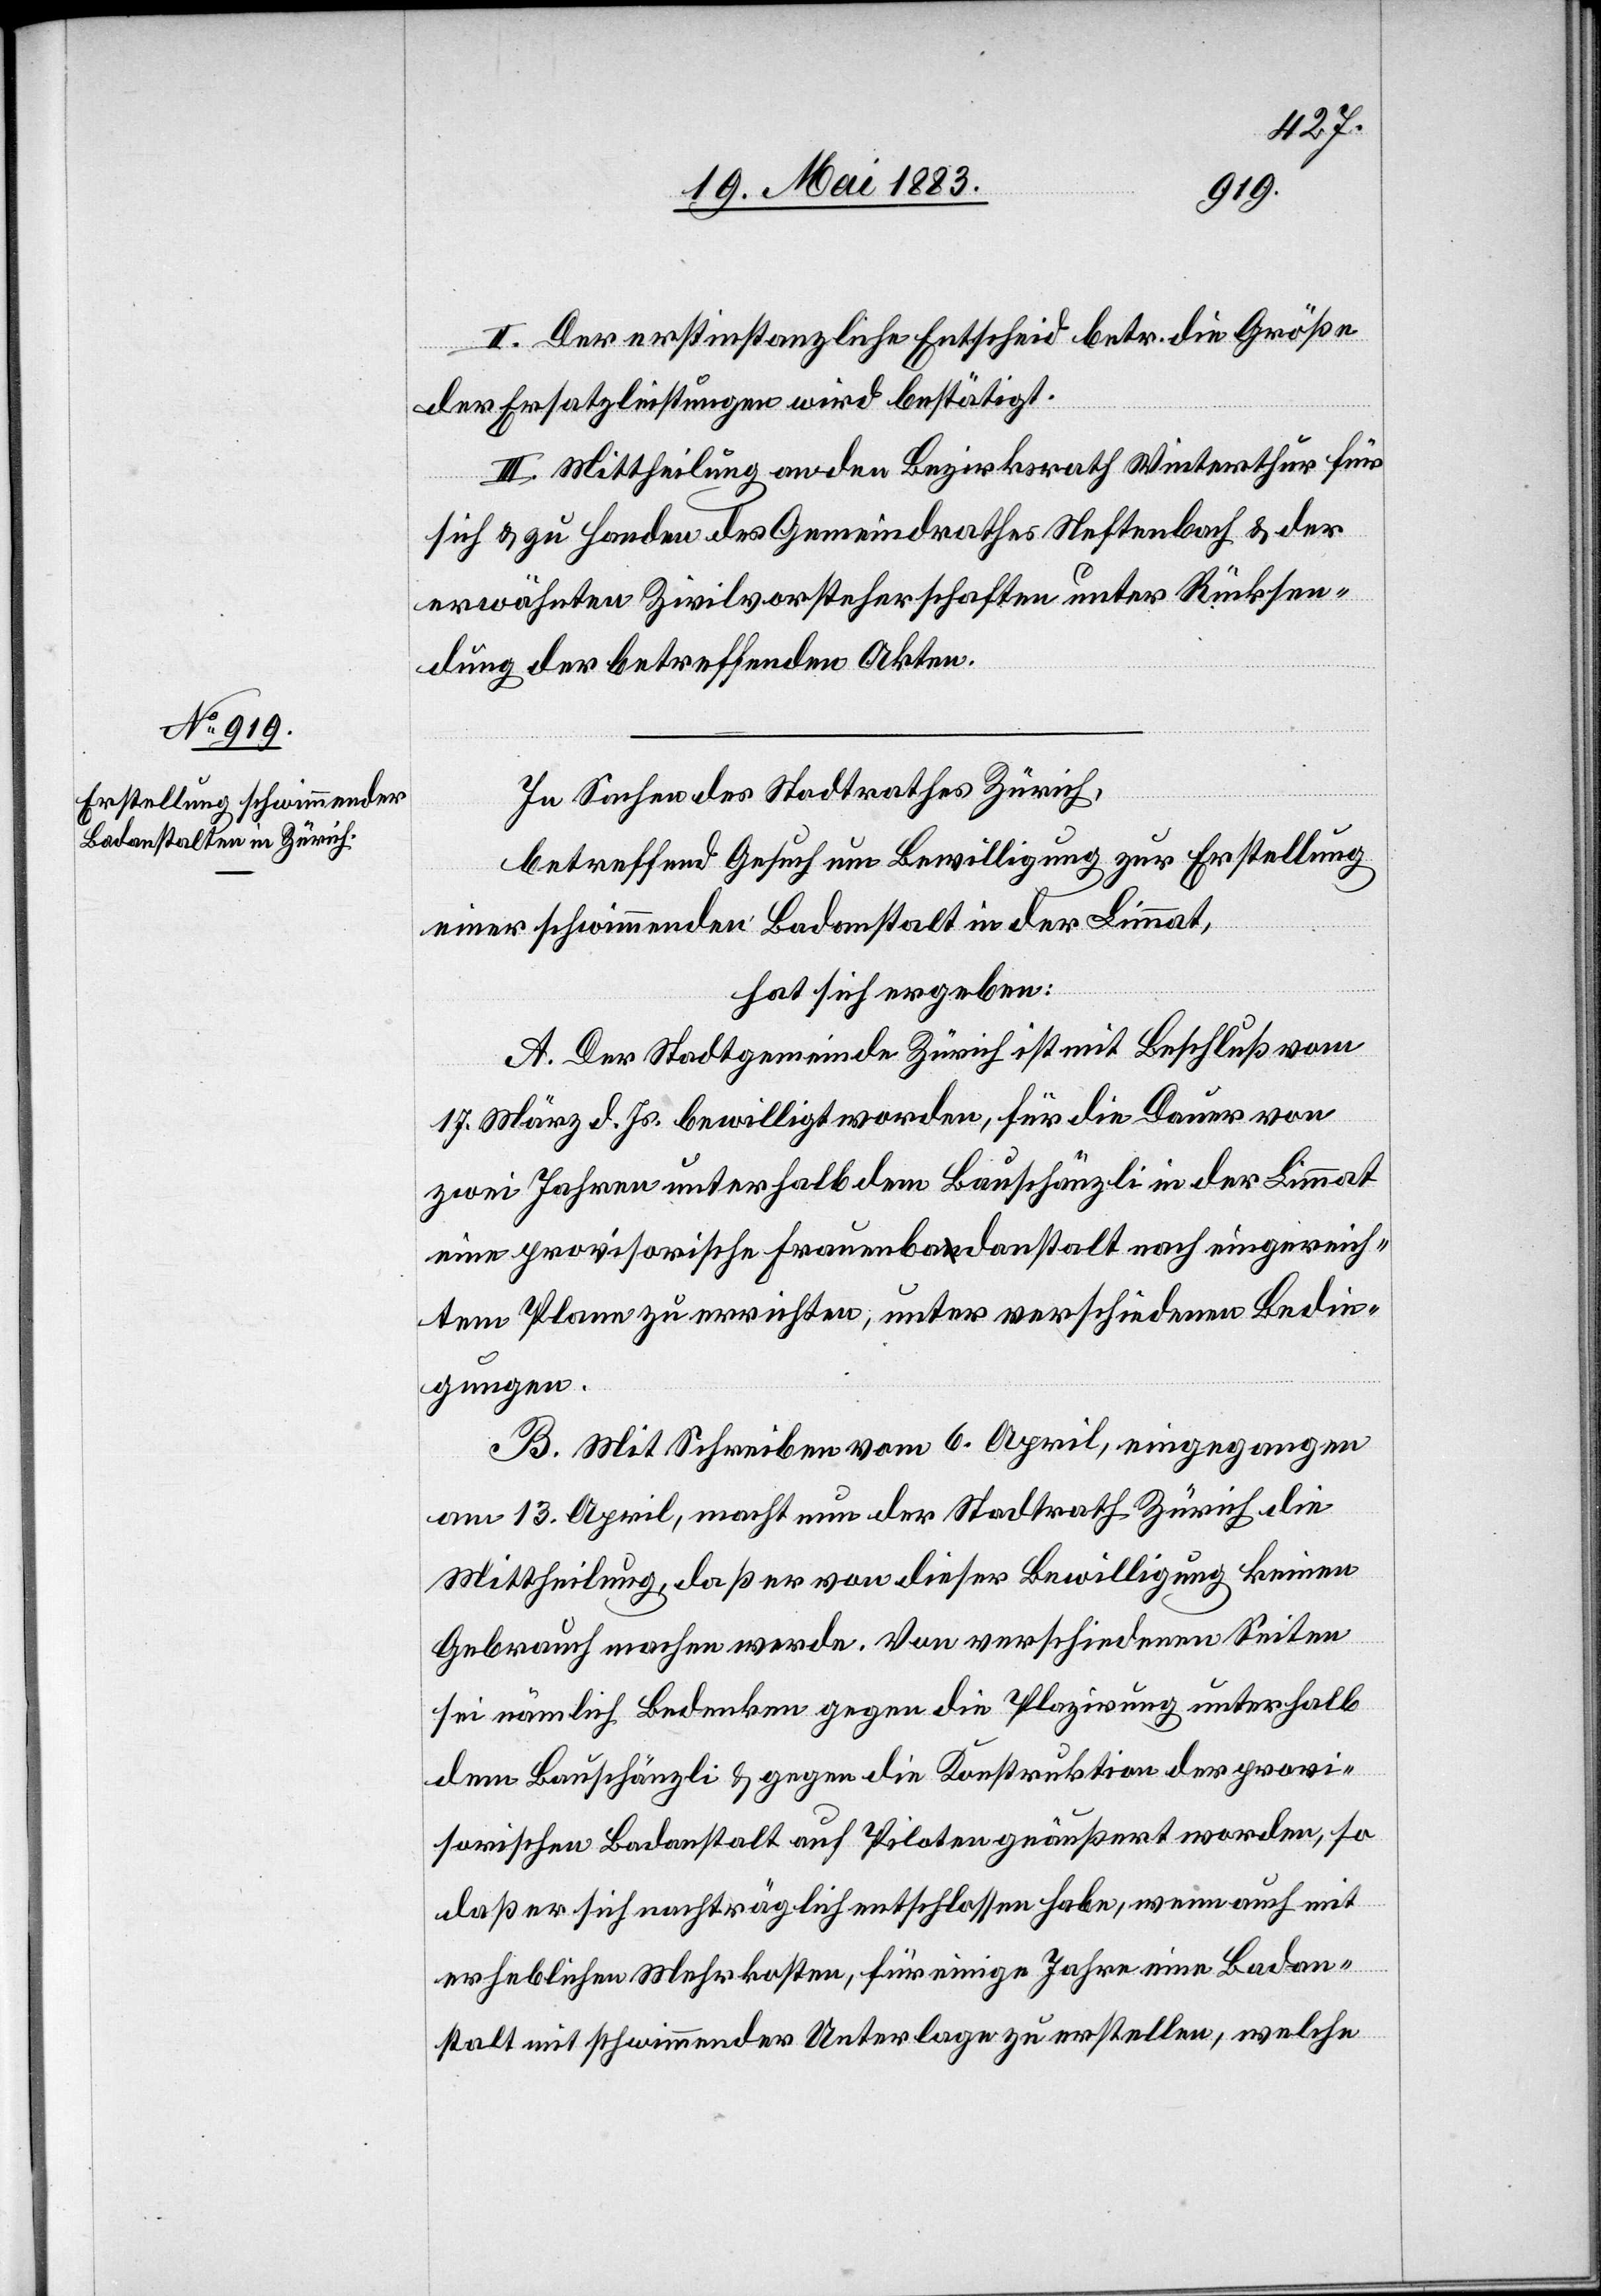
II. Der erstinstanzliche Entscheid betr. die Größe
der Ersatzleistungen wird bestätigt.
III. Mittheilung an den Bezirksrath Winterthur für
sich & zu Handen des Gemeindrathes Neftenbach & der
erwähnten Zivilvorsteherschaften unter Rücksen¬
dung der betreffenden Akten.
In Sachen des Stadtrathes Zürich,
betreffend Gesuch um Bewilligung zur Erstellung
einer schwimmenden Badanstalt in der Limmat,
hat sich ergeben:
A. Der Stadtgemeinde Zürich ist mit Beschluß vom
17. März d. Js. bewilligt worden, für die Dauer von
zwei Jahren unterhalb dem Bauschänzli in der Limmat
eine provisorische Frauenbadanstalt nach eingereich¬
tem Plane zu entrichten, unter verschiedenen Bedin¬
gungen.
B. Mit Schreiben vom 6. April, eingegangen
am 13. April, macht nun der Stadtrath Zürich die
Mittheilung, daß er von dieser Bewilligung keinen
Gebrauch machen werde. Von verschiedenen Seiten
sei nämlich Bedenken gegen die Plazirung unterhalb
dem Bauschänzli & gegen die Konstruktion der provi¬
sorischen Badanstalt auf Piloten geäußert worden, so
daß er sich nachträglich entschlossen habe, wenn auch mit
erheblichen Mehrkosten, für einige Jahre eine Badan¬
stalt mit schwimmender Unterlage zu erstellen, welche